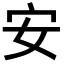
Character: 安